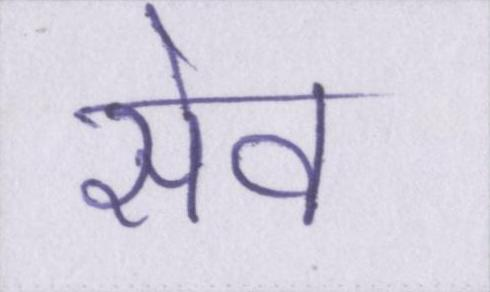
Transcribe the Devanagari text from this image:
सेव